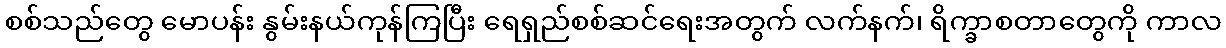
စစ်သည်တွေ မောပန်း နွမ်းနယ်ကုန်ကြပြီး ရေရှည်စစ်ဆင်ရေးအတွက် လက်နက်၊ ရိက္ခာစတာတွေကို ကာလ